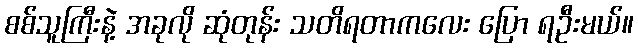
စစ်သူကြီးနဲ့ အခုလို ဆုံတုန်း သတိရတာကလေး ပြော ရဦးမယ်။